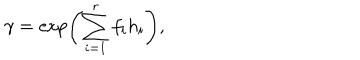
\gamma = \exp \left( \sum _ { i = 1 } ^ { r } f _ { i } h _ { i } \right) ,